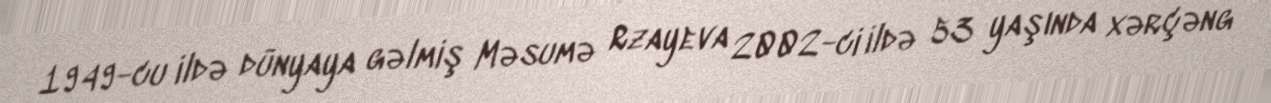
1949-cu ildə dünyaya gəlmiş Məsumə Rzayeva 2002-ci ildə 53 yaşında xərçəng